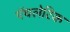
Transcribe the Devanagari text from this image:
ऍथलेटिक